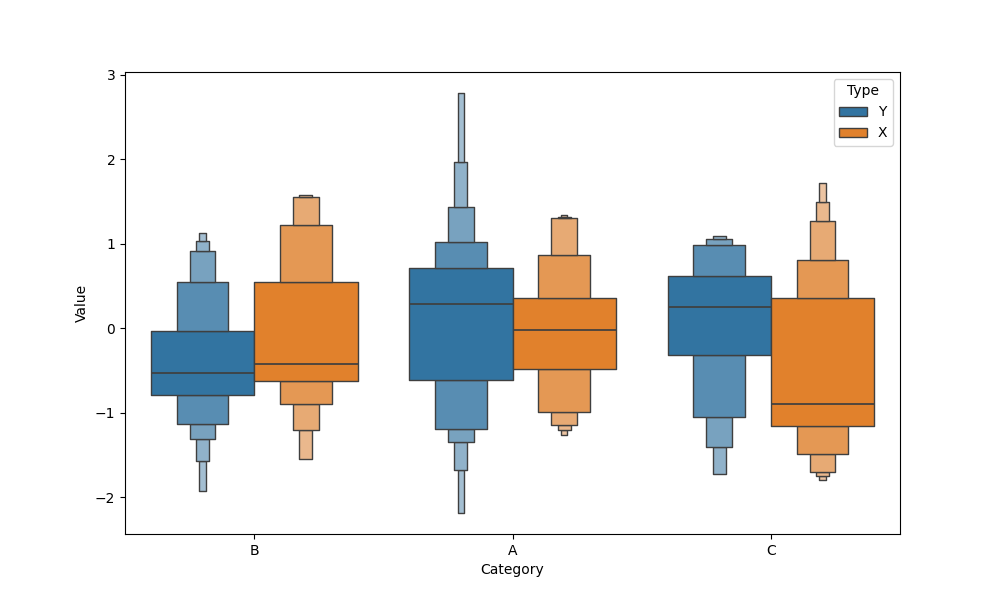
python, seaborn, boxenplot, k_depth='full', linewidth=1, scale='exponential', outlier_prop=0.1, showfliers=True